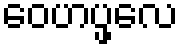
ဝေဟပ္ဖလေ